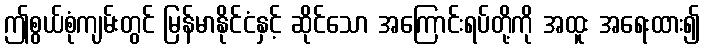
ဤစွယ်စုံကျမ်းတွင် မြန်မာနိုင်ငံနှင့် ဆိုင်သော အကြောင်းရပ်တို့ကို အထူး အရေးထား၍